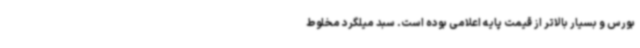
بورس و بسیار بالاتر از قیمت پایه اعلامی بوده است. سبد میلگرد مخلوط